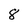
Character: 8